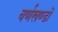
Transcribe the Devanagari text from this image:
वर्णखण्डों